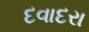
દવાદરા